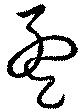
孟